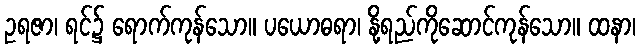
ဥရဇာ၊ ရင်၌ ရောက်ကုန်သော။ ပယောဓရာ၊ နို့ရည်ကိုဆောင်ကုန်သော။ ထနာ၊